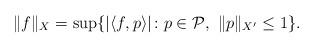
LaTeX: \begin{align*}\|f\|_X=\sup\{|\langle f,p\rangle|\colon p\in\mathcal{P},\ \|p\|_{X'}\le 1\}.\end{align*}